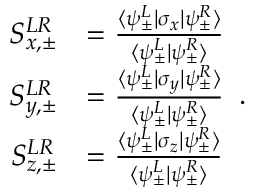
\begin{array} { r l } { S _ { x , \pm } ^ { L R } } & { = \frac { \langle \psi _ { \pm } ^ { L } | \sigma _ { x } | \psi _ { \pm } ^ { R } \rangle } { \langle \psi _ { \pm } ^ { L } | \psi _ { \pm } ^ { R } \rangle } } \\ { S _ { y , \pm } ^ { L R } } & { = \frac { \langle \psi _ { \pm } ^ { L } | \sigma _ { y } | \psi _ { \pm } ^ { R } \rangle } { \langle \psi _ { \pm } ^ { L } | \psi _ { \pm } ^ { R } \rangle } } \\ { S _ { z , \pm } ^ { L R } } & { = \frac { \langle \psi _ { \pm } ^ { L } | \sigma _ { z } | \psi _ { \pm } ^ { R } \rangle } { \langle \psi _ { \pm } ^ { L } | \psi _ { \pm } ^ { R } \rangle } } \end{array} .